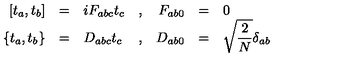
\begin{array} { r c l c r c l } { \displaystyle [ t _ { a } , t _ { b } ] } & { = } & { i F _ { a b c } t _ { c } } & { , } & { F _ { a b 0 } } & { = } & { 0 } \\ { \displaystyle \{ t _ { a } , t _ { b } \} } & { = } & { D _ { a b c } t _ { c } } & { , } & { D _ { a b 0 } } & { = } & { \displaystyle \sqrt { \frac { 2 } { N } } \delta _ { a b } } \\ \end{array}